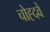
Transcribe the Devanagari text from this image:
चोह्दवें